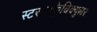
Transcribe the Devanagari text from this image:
स्टरनोक्लेविक्युलर